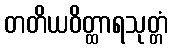
တတိယဝိတ္ထာရသုတ္တံ